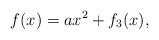
\begin{align*} f(x)= ax^2 + f_3(x), \end{align*}